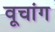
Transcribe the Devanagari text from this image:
वूचांग